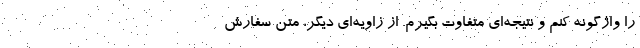
را واژگونه کنم و نتیجه‌ای متفاوت بگیرم. از زاویه‌ای دیگر، متن سفارش